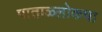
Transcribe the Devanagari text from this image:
पाताळ्लोकचा